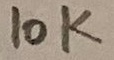
Text: 10K